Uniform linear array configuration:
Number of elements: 4
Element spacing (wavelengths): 0.5
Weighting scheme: cosine
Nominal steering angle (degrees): -15
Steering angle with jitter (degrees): -16.76
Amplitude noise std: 0.05
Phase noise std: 0.05

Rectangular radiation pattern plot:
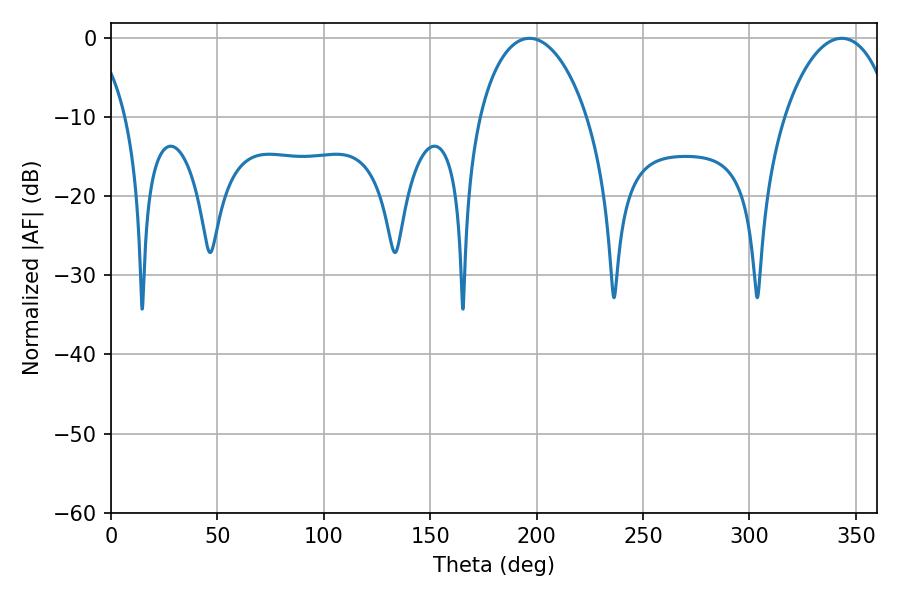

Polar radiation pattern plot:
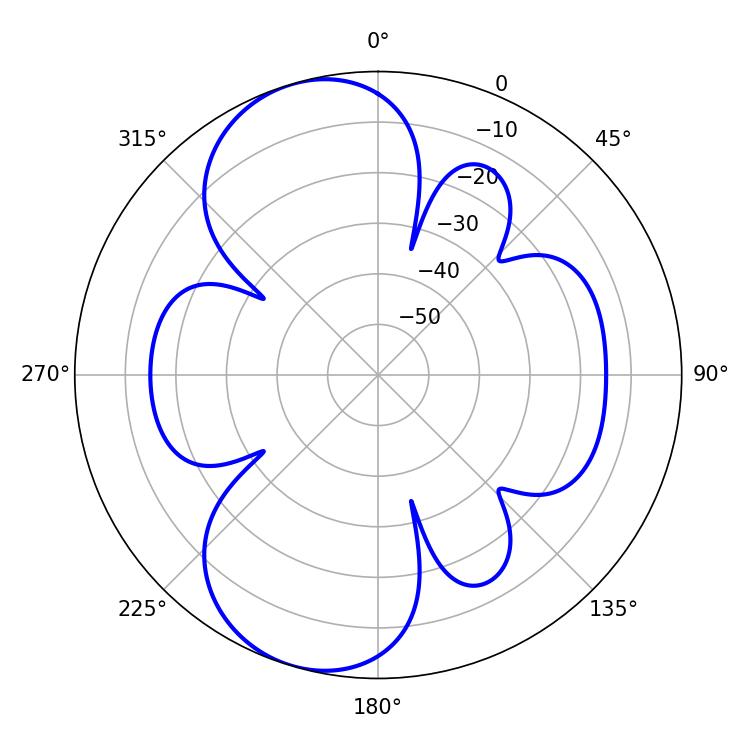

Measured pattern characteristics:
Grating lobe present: FALSE
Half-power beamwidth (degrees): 28.98
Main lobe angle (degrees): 196.56